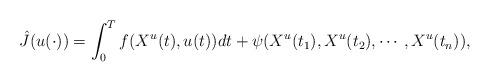
LaTeX: \begin{align*}\hat{J}(u(\cdot))=\displaystyle\int_0^Tf(X^u(t),u(t))dt+\psi(X^u(t_1),X^u(t_2),\cdots,X^u(t_n)),\end{align*}